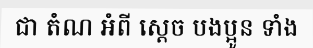
ជា តំណ អំពី ស្តេច បងប្អូន ទាំង